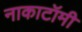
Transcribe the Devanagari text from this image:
नाकाटॉमी